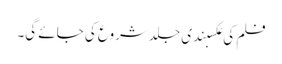
فلم کی عکسبندی جلد شروع کی جائے گی۔